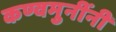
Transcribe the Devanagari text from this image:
कण्वमुनींनी